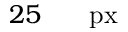
2 5 \ensuremath { \mathrm { ~ \textrm ~ { ~ \, ~ } ~ } } \ensuremath { \mathrm { p x } }